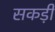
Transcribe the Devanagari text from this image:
सकड़ी